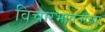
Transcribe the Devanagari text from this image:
विचारभावनांच्या